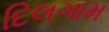
દિલગામ